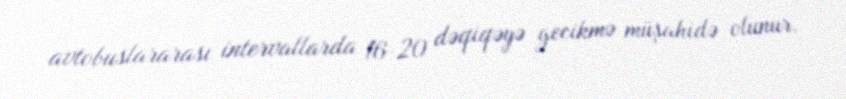
avtobuslararası intervallarda 16-20 dəqiqəyə gecikmə müşahidə olunur.